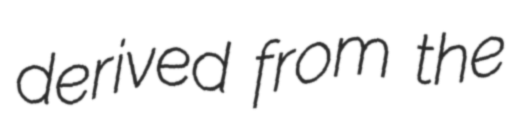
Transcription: derived from the